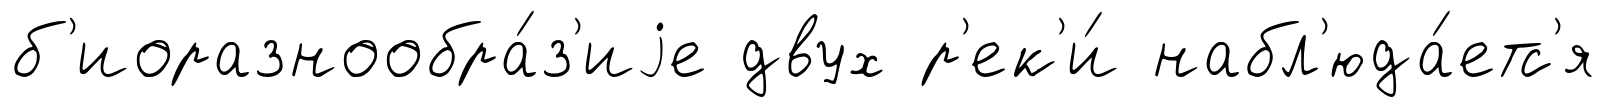
б'иоразнообра́з'иjе двух р'ек'и́ набл'юда́етс'я